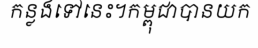
កន្លងទៅនេះ។កម្ពុជាបានយក